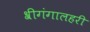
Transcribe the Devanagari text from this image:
श्रीगंगालहरी